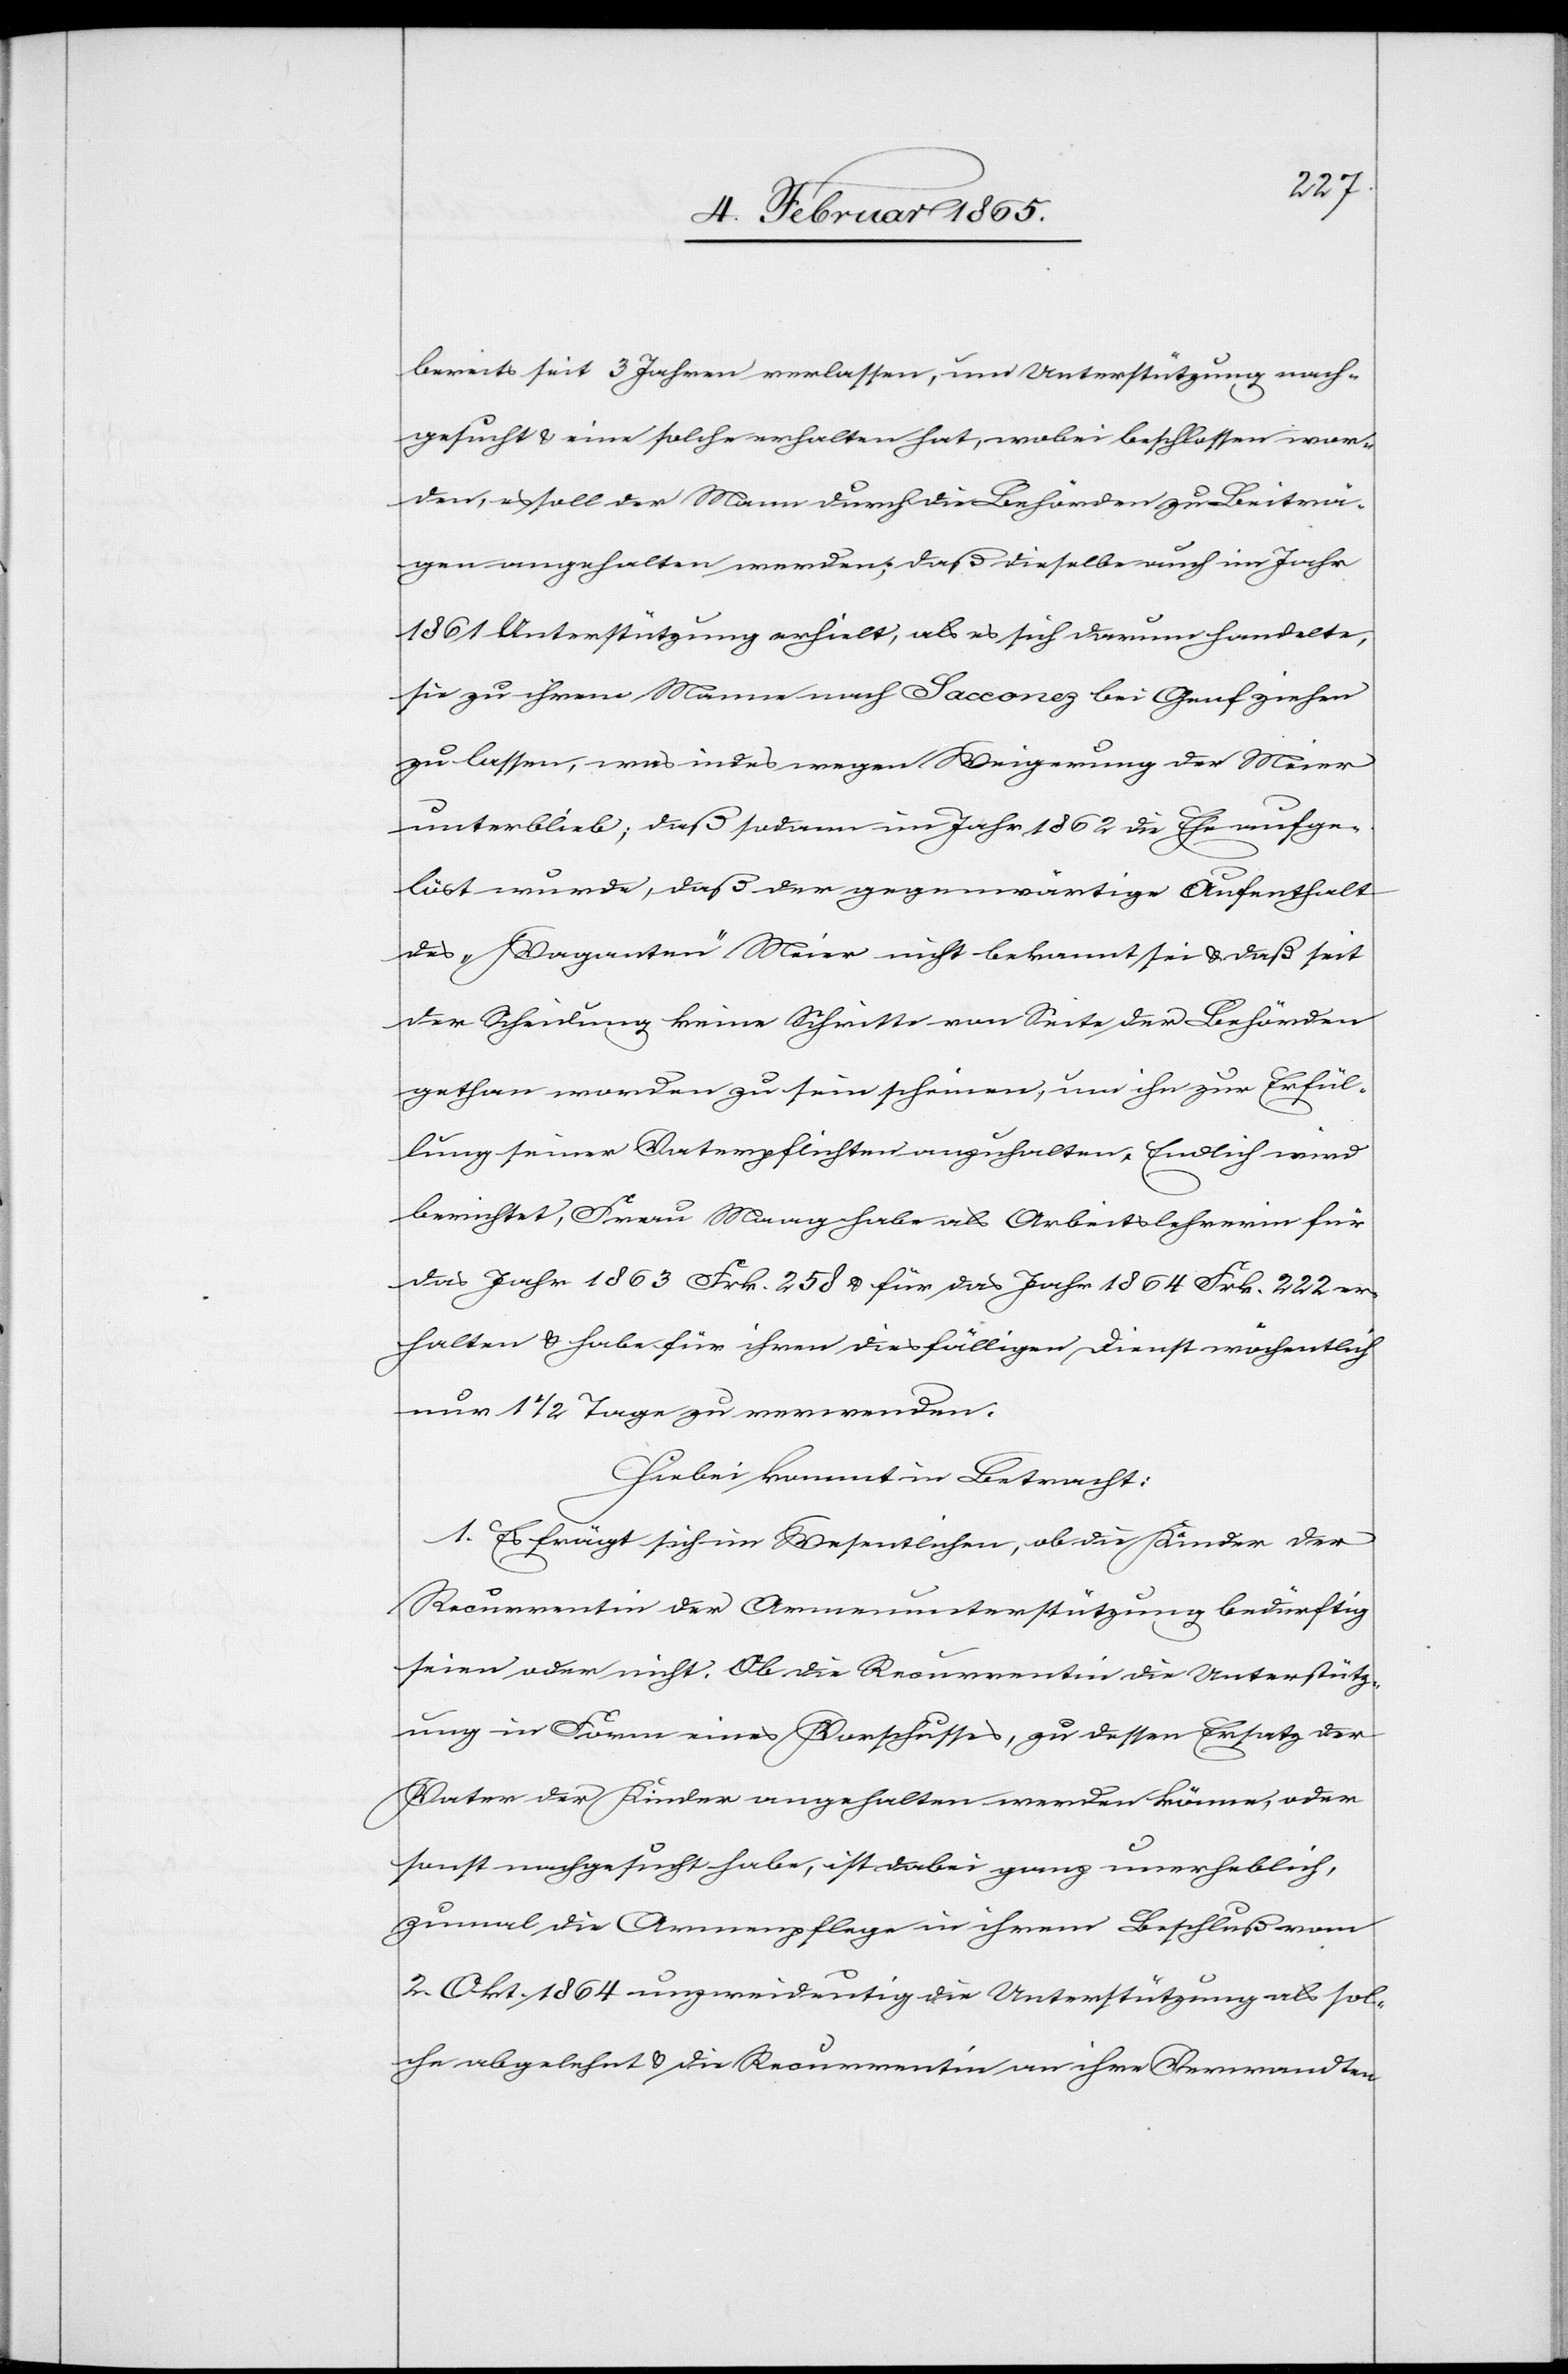
bereits seit 3 Jahren verlassen, um Unterstützung nach¬
gesucht u. eine solche erhalten hat, wobei beschlossen wor¬
den, es soll der Mann durch die Behörden zu Beiträ¬
gen angehalten werden; daß dieselbe auch im Jahr
1861 Unterstützung erhielt, als es sich darum handelte,
sie zu ihrem Manne nach Sacconez bei Genf ziehen
zu lassen, was indes wegen Weigerung der Meier
unterblieb; daß sodann im Jahr 1862 die Ehe aufge¬
löst wurde, daß der gegenwärtige Aufenthalt
des „Vaganten“ Meier nicht bekannt sei u. daß seit
der Scheidung keine Schritte von Seite der Behörden
gethan worden zu sein scheinen, um ihn zur Erfül¬
lung seiner Vaterpflichten anzuhalten. Endlich wird
berichtet, Frau Maag habe als Arbeitslehrerin für
das Jahr 1863 Frk. 258 u. für das Jahr 1864 Frk. 222 er¬
halten u. habe für ihren diesfälligen Dienst wöchentlich
nur 1 ½ Tage zu verwenden.
Hiebei kommt in Betracht:
1. Es frägt sich im Wesentlichen, ob die Kinder der
Recurrentin der Armenunterstützung bedürftig
seien oder nicht. Ob die Recurrentin die Unterstütz¬
ung in Form eines Vorschusses, zu dessen Ersatz der
Vater der Kinder angehalten werden könne, oder
sonst nachgesucht habe, ist dabei ganz unerheblich,
zumal die Armenpflege in ihrem Beschluß vom
2. Okt. 1864 unzweideutig die Unterstützung als sol¬
che abgelehnt u. die Recurrentin an ihre Verwandten